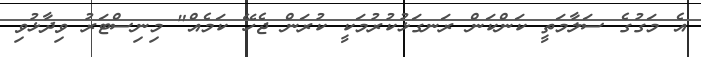
އެ މަގުގެ ސަލާމަތީ ކަންކަން ރަނގަޅުކުރުމަކީ ކުރަން ޖެހޭ ކަމެއް" މިނިސްޓަރު ވިދާޅުވި